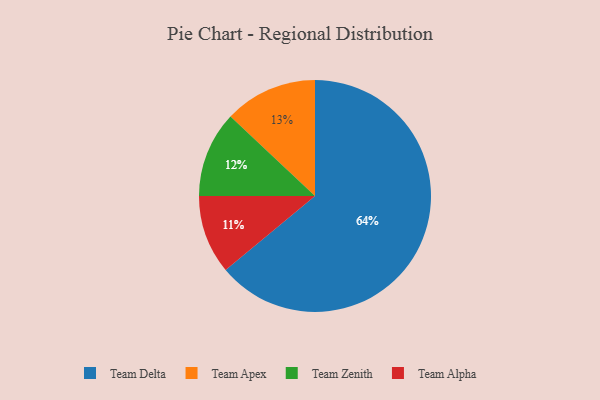
{"axis": {"x": "Category", "y": "Percentage"}, "legend": ["Team Alpha", "Team Apex", "Team Delta", "Team Zenith"], "data": [{"x": "Team Delta", "y": 64, "type": "Team Delta"}, {"x": "Team Apex", "y": 13, "type": "Team Apex"}, {"x": "Team Alpha", "y": 11, "type": "Team Alpha"}, {"x": "Team Zenith", "y": 12, "type": "Team Zenith"}]}